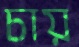
চায়